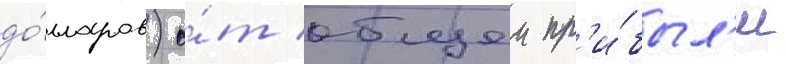
до́лларов) о́т общеи пр'и́был'и